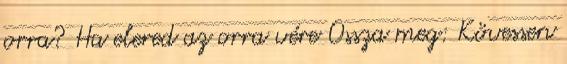
orra? Ha elered az orra vére Ossza meg: Kövessen